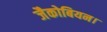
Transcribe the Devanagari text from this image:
जैकोबियन।